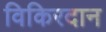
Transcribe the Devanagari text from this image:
विकिरदान